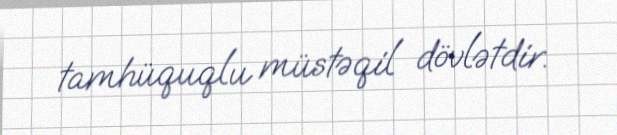
tamhüquqlu müstəqil dövlətdir.